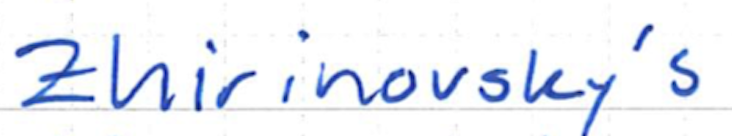
Text: Zhirinovsky's
Cross-out: clean
Writing tool: ballpoint